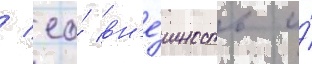
/ ео́ вн'е́шность и́